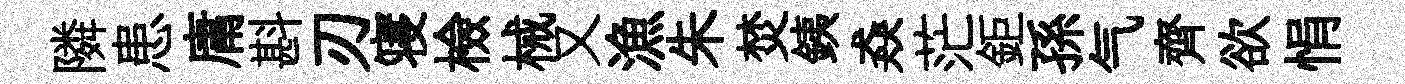
隣患庸斟刃寝檢械又漁朱焚銕猋茫鉅孫气齊欲悁